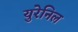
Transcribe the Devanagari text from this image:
युरेनिल